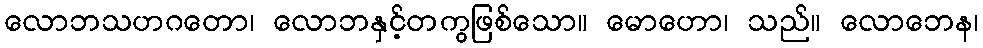
လောဘသဟဂတော၊ လောဘနှင့်တကွဖြစ်သော။ မောဟော၊ သည်။ လောဘေန၊